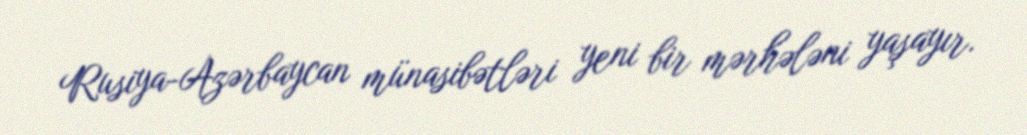
Rusiya-Azərbaycan münasibətləri yeni bir mərhələni yaşayır.